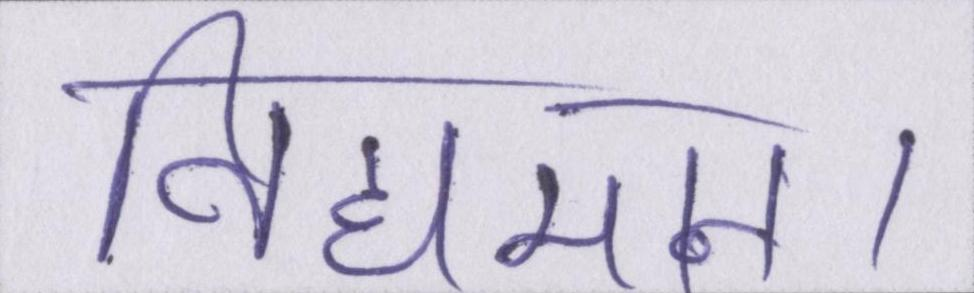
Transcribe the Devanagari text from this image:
विद्यमान।